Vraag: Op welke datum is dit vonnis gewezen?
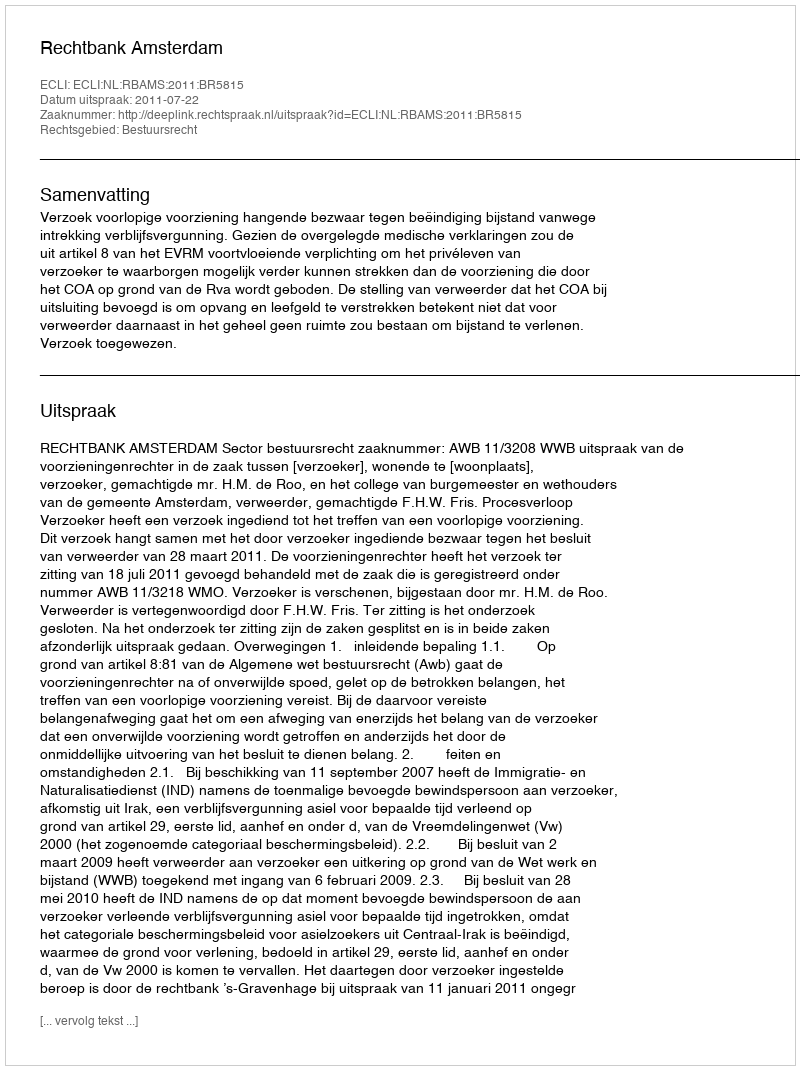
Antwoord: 2011-07-22